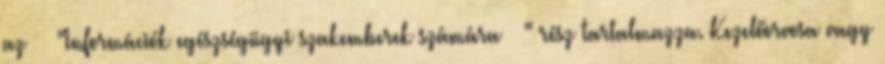
az "Információk egészségügyi szakemberek számára " rész tartalmazza. Kezelőorvosa vagy